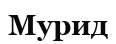
Мурид